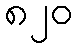
၈၂၀